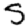
Digit: 5